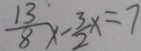
\frac { 1 3 } { 8 } x - \frac { 3 } { 2 } x = 7